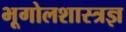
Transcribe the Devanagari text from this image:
भूगोलशास्त्रज्ञ